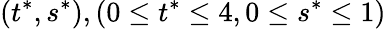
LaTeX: (t^{*},s^{*}),(0\leq t^{*}\leq 4,0\leq s^{*}\leq 1)